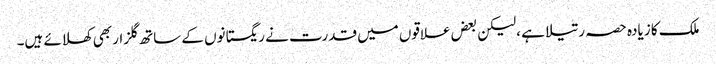
ملک کا زیادہ حصہ رتیلا ہے ،لیکن بعض علاقوں میں قدرت نے ریگستانوں کے ساتھ گلزار بھی کھلائے ہیں۔